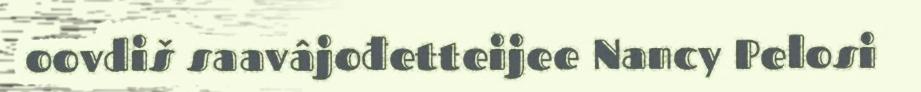
oovdiš saavâjođetteijee Nancy Pelosi